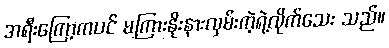
အရီးကြော့ကပင် မကြားနိုးနားလှမ်းကဲ့ရဲ့လိုက်သေး သည်။